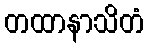
တထာနာသိတံ